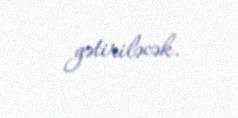
gətiriləcək.